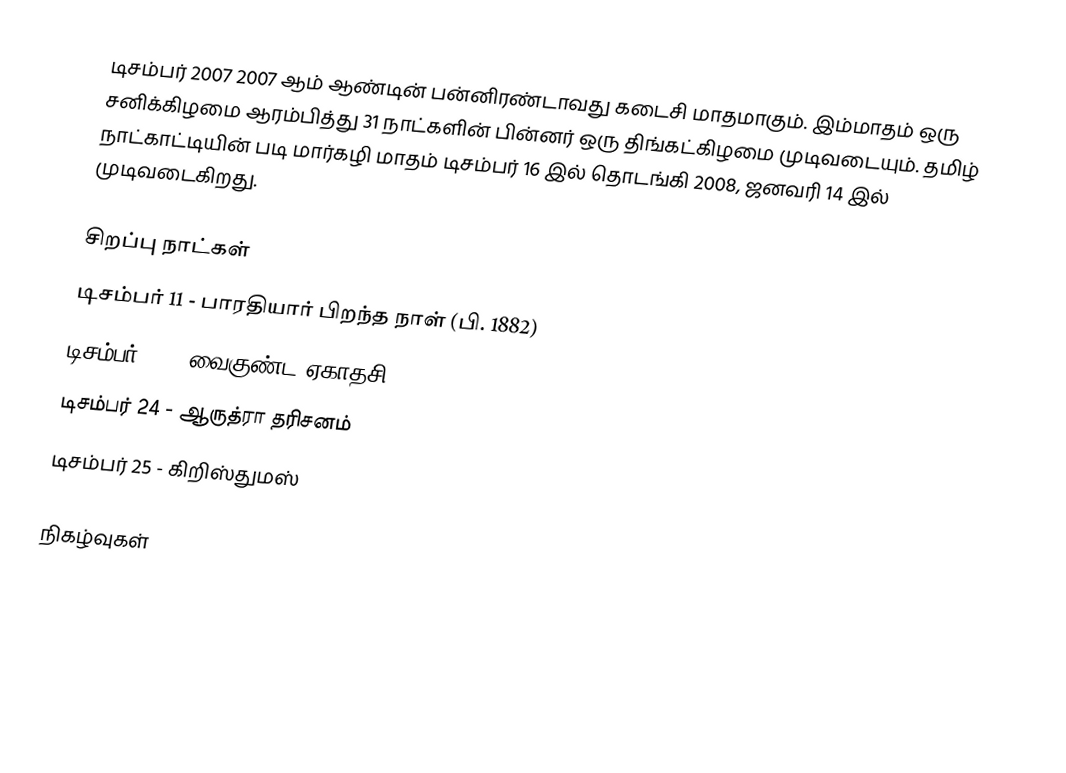
டிசம்பர் 2007 2007 ஆம் ஆண்டின் பன்னிரண்டாவது கடைசி மாதமாகும். இம்மாதம் ஒரு சனிக்கிழமை ஆரம்பித்து 31 நாட்களின் பின்னர் ஒரு திங்கட்கிழமை முடிவடையும். தமிழ் நாட்காட்டியின் படி மார்கழி மாதம் டிசம்பர் 16 இல் தொடங்கி 2008, ஜனவரி 14 இல் முடிவடைகிறது.

சிறப்பு நாட்கள்
 டிசம்பர் 11 - பாரதியார் பிறந்த நாள் (பி. 1882)
 டிசம்பர் 20 - வைகுண்ட ஏகாதசி
 டிசம்பர் 24 - ஆருத்ரா தரிசனம்
 டிசம்பர் 25 - கிறிஸ்துமஸ்

நிகழ்வுகள்

2007